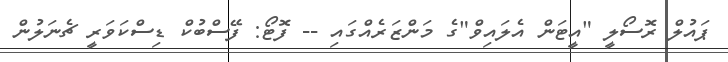
ޕައުލް ރޮސޯލީ "އީޓަން އެލައިވް"ގެ މަންޒަރެއްގައި -- ފޮޓޯ: ފޭސްބުކް ޑިސްކަވަރީ ޗެނަލުން